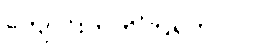
ကျောင်းတက်ကြရတာပါ။